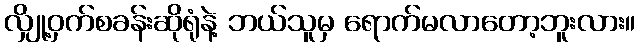
လျှို့ဝှက်စခန်းဆိုရုံနဲ့ ဘယ်သူမှ ရောက်မလာတော့ဘူးလား။